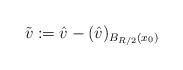
LaTeX: \begin{align*}\tilde v:=\hat v-(\hat v)_{B_{R/2}(x_0)}\end{align*}